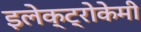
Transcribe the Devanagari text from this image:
इलेक्ट्रोकेमी